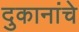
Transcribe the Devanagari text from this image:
दुकानांचे